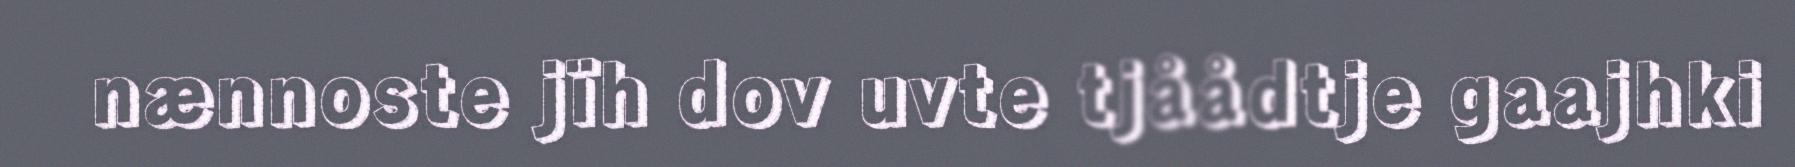
nænnoste jïh dov uvte tjåådtje gaajhki